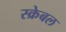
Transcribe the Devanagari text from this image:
स्क्रेबल